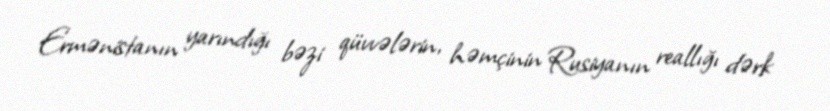
Ermənistanın yarındığı bəzi qüvvələrin, həmçinin Rusiyanın reallığı dərk